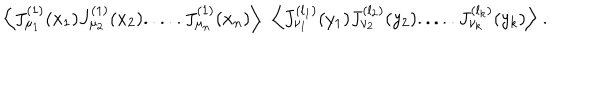
\Big \langle J _ { \mu _ { 1 } } ^ { ( 1 ) } ( x _ { 1 } ) J _ { \mu _ { 2 } } ^ { ( 1 ) } ( x _ { 2 } ) . . . . . J _ { \mu _ { n } } ^ { ( 1 ) } ( x _ { n } ) \Big \rangle \; \; \Big \langle J _ { \nu _ { 1 } } ^ { ( l _ { 1 } ) } ( y _ { 1 } ) J _ { \nu _ { 2 } } ^ { ( l _ { 2 } ) } ( y _ { 2 } ) . . . . . J _ { \nu _ { k } } ^ { ( l _ { k } ) } ( y _ { k } ) \Big \rangle \; .